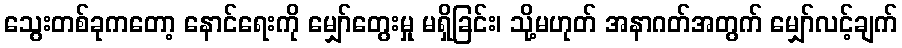
သွေးတစ်ခုကတော့ နောင်ရေးကို မျှော်တွေးမှု မရှိခြင်း၊ သို့မဟုတ် အနာဂတ်အတွက် မျှော်လင့်ချက်